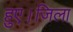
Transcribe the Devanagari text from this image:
हुए।जिला